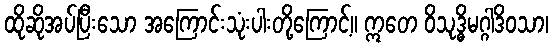
ထိုဆိုအပ်ပြီးသော အကြောင်းသုံးပါးတို့ကြောင့်။ ဣတေ ဝိသုဒ္ဓိမဂ္ဂါဒိဝသာ၊